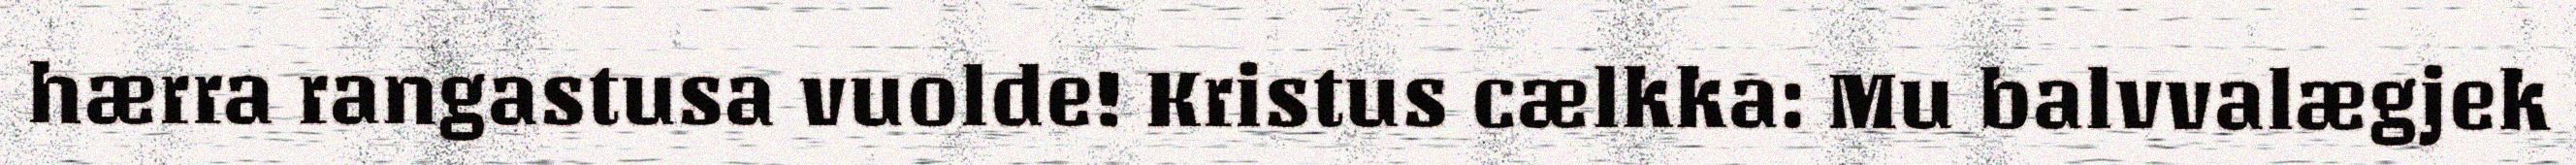
hærra rangastusa vuolde! Kristus cælkka: Mu balvvalægjek